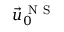
{ { \vec { u } } _ { 0 } } ^ { \mathrm { ~ N ~ S ~ } }